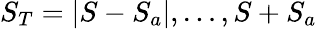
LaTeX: S_{T}=|S-S_{a}|,\ldots,S+S_{a}